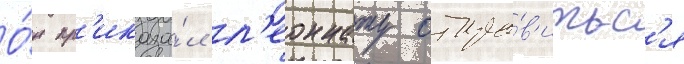
О́н пр'иказа́л л'еоннату отпра́в'итьс'я